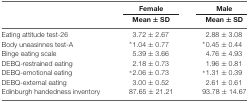
|  | Female | Male |
 |  | Mean ± SD | Mean ± SD |
 | --- | --- | --- |
 | Eating attitude test-26 | 3.72 ± 2.67 | 2.88 ± 3.08 |
 | Body uneasinnes test-A | *1.04 ± 0.77 | *0.45 ± 0.44 |
 | Binge eating scale | 5.39 ± 3.66 | 4.76 ± 4.93 |
 | DEBQ-restrained eating | 2.18 ± 0.73 | 1.96 ± 0.81 |
 | DEBQ-emotional eating | *2.06 ± 0.73 | *1.31 ± 0.39 |
 | DEBQ-external eating | 3.00 ± 0.52 | 2.61 ± 0.61 |
 | Edinburgh handedness inventory | 87.65 ± 21.21 | 93.78 ± 14.67 |